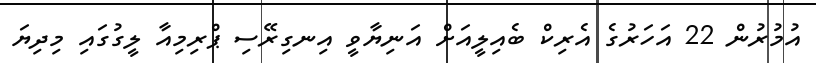
އުމުރުން 22 އަހަރުގެ އެރިކް ބެއިލީއަށް އަނިޔާވީ އިނގިރޭސި ޕްރިމިއާ ލީގުގައި މިދިޔަ